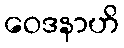
ဝေဒနာဟိ